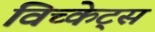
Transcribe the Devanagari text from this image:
विच्केट्स